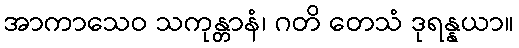
အာကာသေဝ သကုန္တာနံ၊ ဂတိ တေသံ ဒုရန္နယာ။